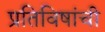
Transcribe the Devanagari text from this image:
प्रतिविषांची